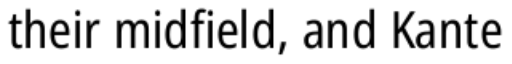
their midfield, and Kante